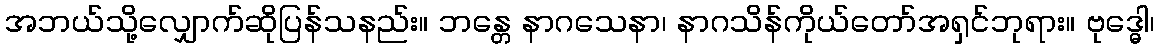
အဘယ်သို့လျှောက်ဆိုပြန်သနည်း။ ဘန္တေ နာဂသေနာ၊ နာဂသိန်ကိုယ်တော်အရှင်ဘုရား။ ဗုဒ္ဓေါ၊